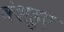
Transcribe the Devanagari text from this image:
वंशहुए